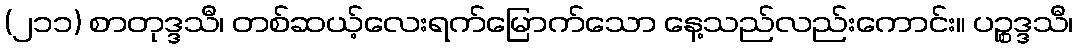
(၂၁၁) စာတုဒ္ဒသီ၊ တစ်ဆယ့်လေးရက်မြောက်သော နေ့သည်လည်းကောင်း။ ပဉ္စဒ္ဒသီ၊